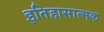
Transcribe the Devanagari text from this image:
इतिहासात्मक